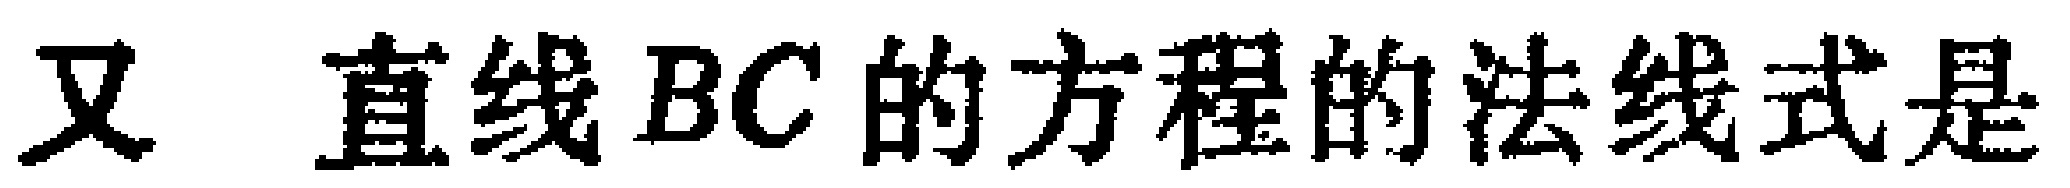
又 直线 \(BC\) 的方程的法线式是